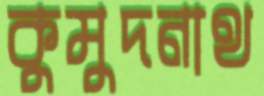
কুমুদনাথ